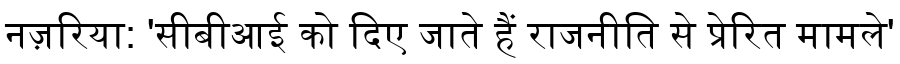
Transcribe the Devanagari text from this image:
नज़रिया: 'सीबीआई को दिए जाते हैं राजनीति से प्रेरित मामले'